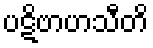
ပဋိဗာဟသီတိ